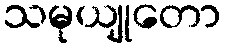
သမုယျုတော